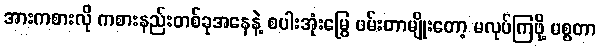
အားကစားလို ကစားနည်းတစ်ခုအနေနဲ့ စပါးအုံးမြွေ ဖမ်းတာမျိုးတော့ မလုပ်ကြဖို့ မစ္စတာ